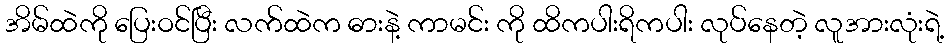
အိမ်ထဲကို ပြေးဝင်ပြီး လက်ထဲက ဓားနဲ့ ကာမင်း ကို ထိကပါးရိကပါး လုပ်နေတဲ့ လူအားလုံးရဲ့